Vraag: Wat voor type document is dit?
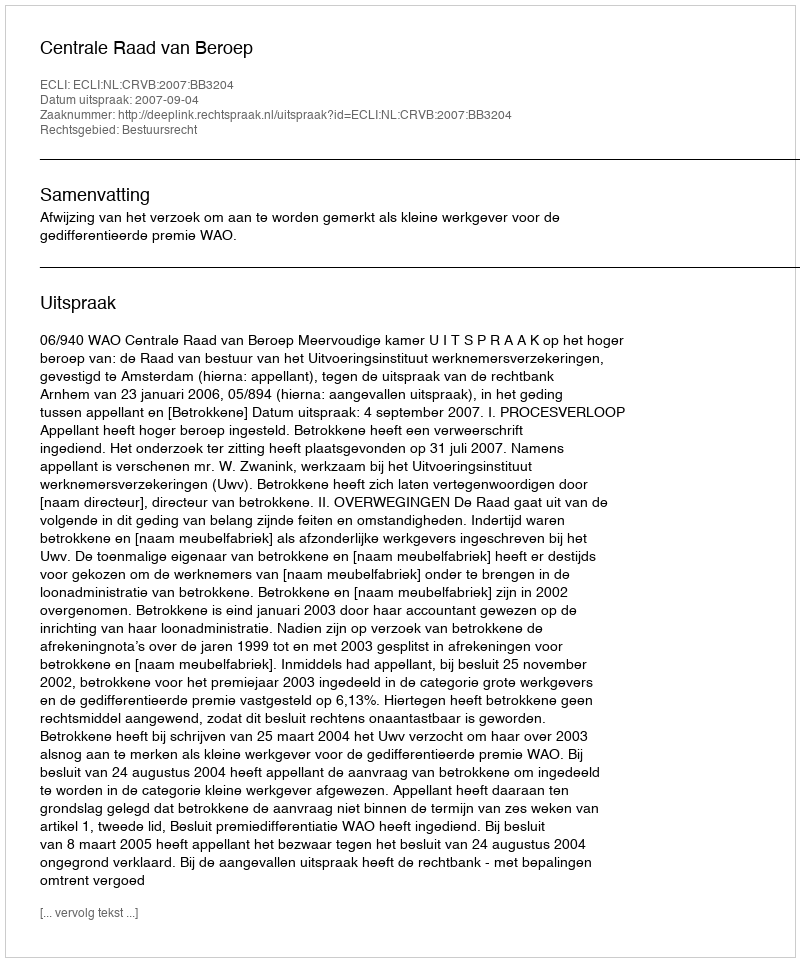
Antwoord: Uitspraak